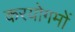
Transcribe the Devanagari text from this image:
करयोगमों